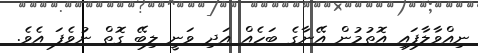
ނިއްވާލާފައި އޮތުމުން އޭނާގެ ބަހެއް އަދި ވަނީ ލިބޭ ގޮތް ނުވެފަ އެވެ.